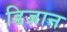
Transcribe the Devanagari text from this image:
डिजान